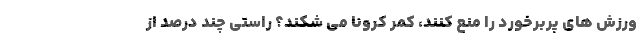
ورزش های پربرخورد را منع کنند، کمر کرونا می شکند؟ راستی چند درصد از